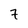
Character: 7